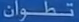
تَطْوَان